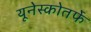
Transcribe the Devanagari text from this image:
यूनेस्कोतर्फे